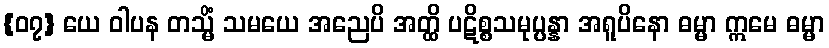
{၀၇} ယေ ဝါပန တသ္မိံ သမယေ အညေပိ အတ္ထိ ပဋိစ္စသမုပ္ပန္နာ အရူပိနော ဓမ္မာ ဣမေ ဓမ္မာ